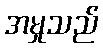
အမှုသည်